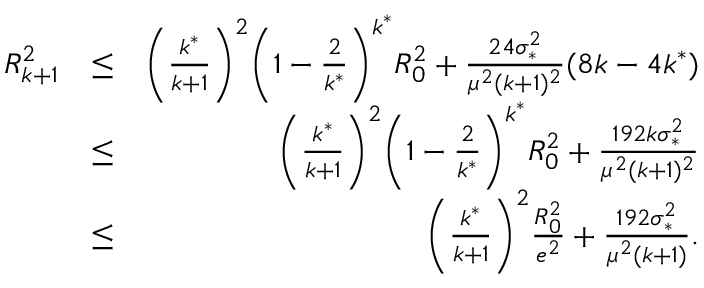
\begin{array} { r l r } { R _ { k + 1 } ^ { 2 } } & { \leq } & { \bigg ( \frac { k ^ { * } } { k + 1 } \bigg ) ^ { 2 } \bigg ( 1 - \frac { 2 } { k ^ { * } } \bigg ) ^ { k ^ { * } } R _ { 0 } ^ { 2 } + \frac { 2 4 \sigma _ { * } ^ { 2 } } { \mu ^ { 2 } ( k + 1 ) ^ { 2 } } ( 8 k - 4 k ^ { * } ) } \\ & { \leq } & { \bigg ( \frac { k ^ { * } } { k + 1 } \bigg ) ^ { 2 } \bigg ( 1 - \frac { 2 } { k ^ { * } } \bigg ) ^ { k ^ { * } } R _ { 0 } ^ { 2 } + \frac { 1 9 2 k \sigma _ { * } ^ { 2 } } { \mu ^ { 2 } ( k + 1 ) ^ { 2 } } } \\ & { \leq } & { \bigg ( \frac { k ^ { * } } { k + 1 } \bigg ) ^ { 2 } \frac { R _ { 0 } ^ { 2 } } { e ^ { 2 } } + \frac { 1 9 2 \sigma _ { * } ^ { 2 } } { \mu ^ { 2 } ( k + 1 ) } . } \end{array}